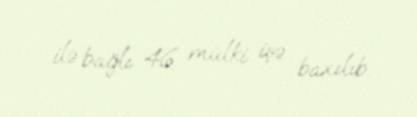
ilə bağlı 46 mülki işə baxılıb.